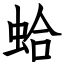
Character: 蛤